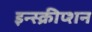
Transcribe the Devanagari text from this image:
इन्स्क्रीप्शन